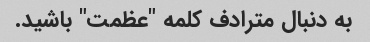
به دنبال مترادف کلمه "عظمت" باشید.